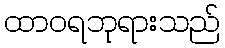
ထာဝရဘုရားသည်